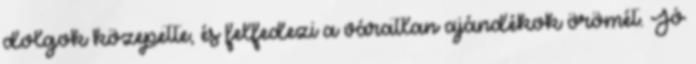
dolgok közepette, és felfedezi a váratlan ajándékok örömét. Jó